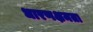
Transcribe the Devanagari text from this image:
धारणक्षमता